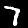
Label: 7